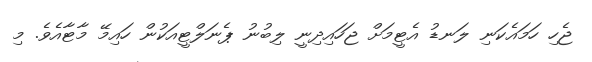
ޖެހި ހަމައެކަނި ލަނޑު އެޓީމަށް ޖަހައިދިނީ ލިބުނު ޕެނަލްޓީއަކުން ހައިމޭ މާޓާއެވެ. މި